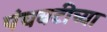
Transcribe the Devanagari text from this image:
पंचवटीच्या